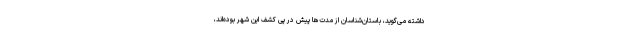
داشته می‌گوید، باستان‌شناسان از مدت‌ها پیش در پی کشف این شهر بوده‌اند،